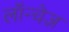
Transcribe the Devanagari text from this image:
लॉन्चेज़